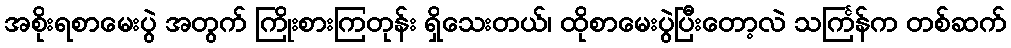
အစိုးရစာမေးပွဲ အတွက် ကြိုးစားကြတုန်း ရှိသေးတယ်၊ ထိုစာမေးပွဲပြီးတော့လဲ သင်္ကြန်က တစ်ဆက်